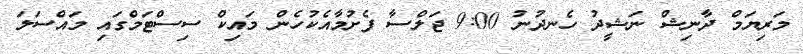
މަރިޔަމް ދާނިޝް ނަޝީދު ހެނދުނު 9:00 ޖަލްސާ ފެށުމާއެކުހެން މައިކް ސިސްޓަމްގައި މައްސަލަ